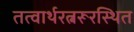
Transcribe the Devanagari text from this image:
तत्वार्थरत्नरूरस्थित